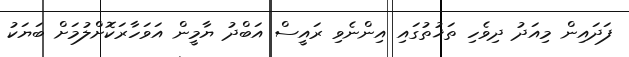
ފަދައިން މިއަދު ދިވެހި ތަޚުތުގައި އިންނެވި ރައީސް އަބްދު ޔާމީން އަވަހާރަކޮށްލުމަށް ބަޔަކު